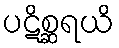
ပဋိစ္ဆရယိ